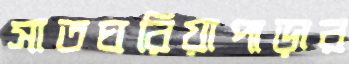
সাতঘরিয়াপাড়ার